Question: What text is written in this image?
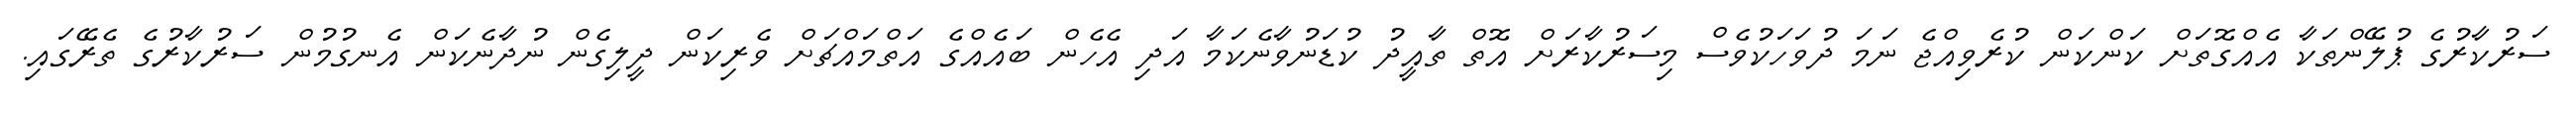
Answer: ސަރުކާރުގެ ޕުލޭންތަކާ އެއްގޮތަށް ކަންކަން ކުރެވިއްޖެ ނަމަ ދުވަހަކުވެސް މިސަރުކާރަށް އޮތް ތާއީދު ކުޑަނުވާނެކަމާ އަދި އެހެން ބައެއްގެ އަތްމައްޗަށް ވެރިކަން ދީލިގެން ނުދާނެކަން އެނގުމުން ސަރުކާރުގެ ތެރޭގައި.